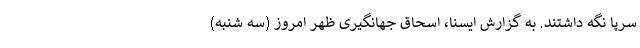
سرپا نگه داشتند. به گزارش ایسنا، اسحاق جهانگیری ظهر امروز (سه شنبه)